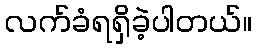
လက်ခံရရှိခဲ့ပါတယ်။